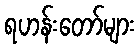
ရဟန်းတော်များ